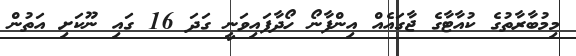
މިިމުބާރާތުގެ ކުއާޓާގެ ޖާގައެއް އިންފާނޯ ހޯދާފައިވަނީ ގަދަ 16 ގައި ނޫކަށި އަތުން